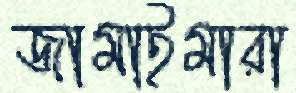
জামাইমারা